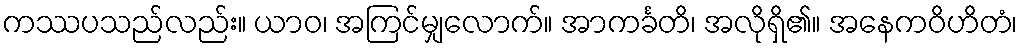
ကဿပသည်လည်း။ ယာဝ၊ အကြင်မျှလောက်။ အာကင်္ခတိ၊ အလိုရှိ၏။ အနေကဝိဟိတံ၊